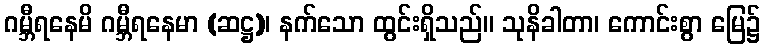
ဂမ္ဘီရနေမိ ဂမ္ဘီရနေမာ (ဆဋ္ဌ)၊ နက်သော ထွင်းရှိသည်။ သုနိခါတာ၊ ကောင်းစွာ မြေ၌